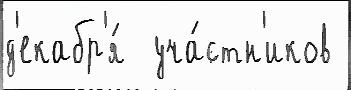
д'екабр'я́  уча́стн'иков